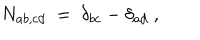
N _ { a b , c d } ~ = ~ \delta _ { b c } - \delta _ { a d } ~ ,